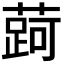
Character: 𬞐